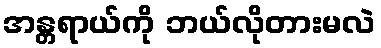
အန္တရာယ်ကို ဘယ်လိုတားမလဲ